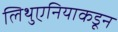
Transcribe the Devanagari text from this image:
लिथुएनियाकडून